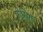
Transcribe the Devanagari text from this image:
प्रीमिरा